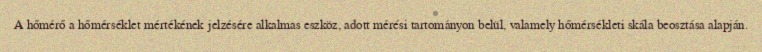
A hőmérő a hőmérséklet mértékének jelzésére alkalmas eszköz, adott mérési tartományon belül, valamely hőmérsékleti skála beosztása alapján.